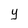
Character: y